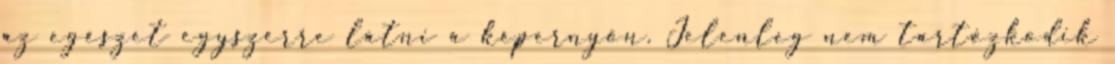
az egészet egyszerre látni a képernyőn. Jelenleg nem tartózkodik